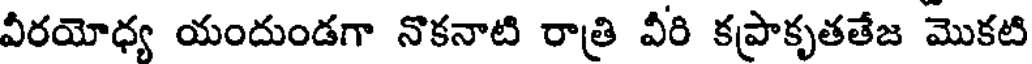
వీరయోధ్య యందుండగా నొకనాటి రాత్రి వీరి కప్రాకృతతేజ మొకటి